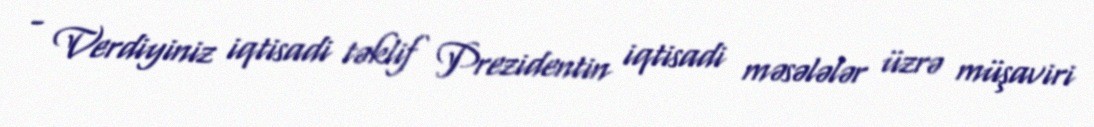
- Verdiyiniz iqtisadi təklif Prezidentin iqtisadi məsələlər üzrə müşaviri